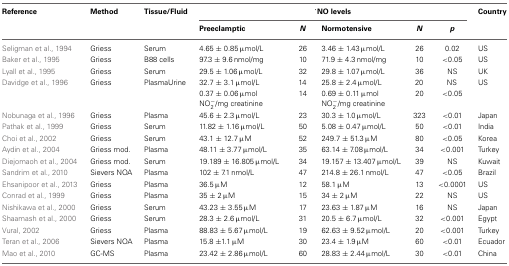
<table><thead><tr><td><b>Reference</b></td><td><b>Method</b></td><td><b>Tissue/Fluid</b></td><td colspan="5"><b><sup>·</sup>NO levels</b></td><td><b>Country</b></td></tr><tr><td></td><td></td><td></td><td><b>Preeclamptic</b></td><td><b><i>N</i></b></td><td><b>Normotensive</b></td><td><b><i>N</i></b></td><td><b><i>p</i></b></td><td></td></tr></thead><tbody><tr><td>Seligman et al., 1994</td><td>Griess</td><td>Serum</td><td>4.65 ± 0.85 μmol/L</td><td>26</td><td>3.46 ± 1.43 μmol/L</td><td>26</td><td>0.02</td><td>US</td></tr><tr><td>Baker et al., 1995</td><td>Griess</td><td>B88 cells</td><td>97.3 ± 9.6 nmol/mg</td><td>10</td><td>71.9 ± 4.3 nmol/mg</td><td>10</td><td>&lt;0.05</td><td>US</td></tr><tr><td>Lyall et al., 1995</td><td>Griess</td><td>Serum</td><td>29.5 ± 1.06 μmol/L</td><td>32</td><td>29.8 ± 1.07 μmol/L</td><td>36</td><td>NS</td><td>UK</td></tr><tr><td rowspan="3">Davidge et al., 1996</td><td rowspan="3">Griess</td><td rowspan="3">Plasma Urine</td><td>32.7 ± 3.1 μmol/L</td><td>14</td><td>25.8 ± 2.4 μmol/L</td><td>20</td><td>NS</td><td rowspan="3">US</td></tr><tr><td>0.37 ± 0.06 μmol</td><td rowspan="2">14</td><td>0.69 ± 0.11 μmol</td><td rowspan="2">20</td><td rowspan="2">&lt;0.05</td></tr><tr><td>NO<sup>−</sup><sub>2</sub>/mg creatinine</td><td>NO<sup>−</sup><sub>2</sub>/mg creatinine</td></tr><tr><td>Nobunaga et al., 1996</td><td>Griess</td><td>Plasma</td><td>45.6 ± 2.3 μmol/L</td><td>23</td><td>30.3 ± 1.0 μmol/L</td><td>323</td><td>&lt;0.01</td><td>Japan</td></tr><tr><td>Pathak et al., 1999</td><td>Griess</td><td>Serum</td><td>11.82 ± 1.16 μmol/L</td><td>50</td><td>5.08 ± 0.47 μmol/L</td><td>50</td><td>&lt;0.01</td><td>India</td></tr><tr><td>Choi et al., 2002</td><td>Griess</td><td>Serum</td><td>43.1 ± 12.7 μM</td><td>52</td><td>249.7 ± 51.3 μM</td><td>80</td><td>&lt;0.05</td><td>Korea</td></tr><tr><td>Aydin et al., 2004</td><td>Griess mod.</td><td>Plasma</td><td>48.11 ± 3.77 μmol/L</td><td>35</td><td>63.14 ± 7.08 μmol/L</td><td>34</td><td>&lt;0.001</td><td>Turkey</td></tr><tr><td>Diejomaoh et al., 2004</td><td>Griess mod.</td><td>Serum</td><td>19.189 ± 16.805 μmol/L</td><td>34</td><td>19.157 ± 13.407 μmol/L</td><td>39</td><td>NS</td><td>Kuwait</td></tr><tr><td>Sandrim et al., 2010</td><td>Sievers NOA</td><td>Plasma</td><td>102 ± 7.1 nmol/L</td><td>47</td><td>214.8 ± 26.1 nmol/L</td><td>47</td><td>&lt;0.05</td><td>Brazil</td></tr><tr><td>Ehsanipoor et al., 2013</td><td>Griess</td><td>Plasma</td><td>36.5 μM</td><td>12</td><td>58.1 μM</td><td>13</td><td>&lt;0.0001</td><td>US</td></tr><tr><td>Conrad et al., 1999</td><td>Griess</td><td>Plasma</td><td>35 ± 2 μM</td><td>15</td><td>34 ± 2 μM</td><td>22</td><td>NS</td><td>US</td></tr><tr><td>Nishikawa et al., 2000</td><td>Griess</td><td>Serum</td><td>43.23 ± 3.55 μM</td><td>17</td><td>23.63 ± 1.87 μM</td><td>16</td><td>NS</td><td>Japan</td></tr><tr><td>Shaamash et al., 2000</td><td>Griess</td><td>Serum</td><td>28.3 ± 2.6 μmol/L</td><td>31</td><td>20.5 ± 6.7 μmol/L</td><td>32</td><td>&lt;0.001</td><td>Egypt</td></tr><tr><td>Vural, 2002</td><td>Griess</td><td>Plasma</td><td>88.83 ± 5.67 μmol/L</td><td>19</td><td>62.63 ± 9.52 μmol/L</td><td>20</td><td>&lt;0.001</td><td>Turkey</td></tr><tr><td>Teran et al., 2006</td><td>Sievers NOA</td><td>Plasma</td><td>15.8 ±1.1 μM</td><td>30</td><td>23.4 ± 1.9 μM</td><td>60</td><td>&lt;0.01</td><td>Ecuador</td></tr><tr><td>Mao et al., 2010</td><td>GC-MS</td><td>Plasma</td><td>23.42 ± 2.86 μmol/L</td><td>60</td><td>28.83 ± 2.44 μmol/L</td><td>30</td><td>&lt;0.01</td><td>China</td></tr></tbody></table>